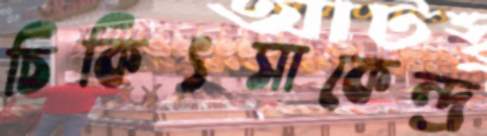
চিকিৎসাকেন্দ্র